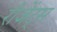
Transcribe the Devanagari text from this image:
रीजेंट्स